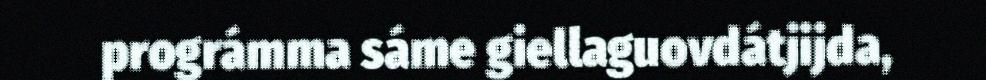
prográmma sáme giellaguovdátjijda,